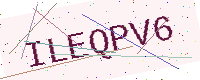
Text: ILEQPV6